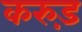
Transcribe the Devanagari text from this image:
करुड़